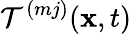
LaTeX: \mathcal{T}^{(mj)}(\mathbf{x},t)